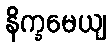
နိက္ခမေယျ